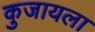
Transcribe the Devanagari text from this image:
कुजायला